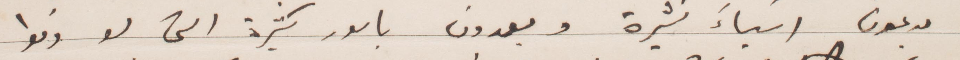
يدعون أشياء كثيرة ويعدون بامور كثيرة التي لو وفوا